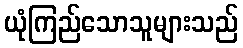
ယုံကြည်သောသူများသည်